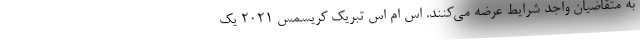
به متقاضیان واجد شرایط عرضه می‌کنند. اس ام اس تبریک کریسمس 2021 یک